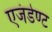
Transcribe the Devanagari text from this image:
एजंडेण्ट